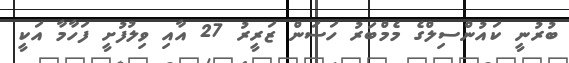
ބުރުނީ ކައުންސިލްގެ މެމްބަރު ހަސަން ޒަރީރު 27 އާއި ވިލުފުށީ ފަހާމާ އަކީ